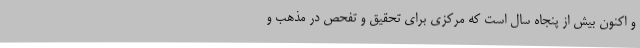
و اکنون بیش از پنجاه سال است که مرکزی برای تحقیق و تفحص در مذهب و